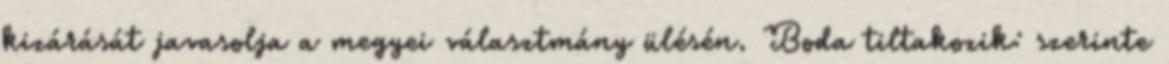
kizárását javasolja a megyei választmány ülésén. Boda tiltakozik: szerinte